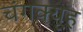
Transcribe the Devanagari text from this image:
चंगक्यूह